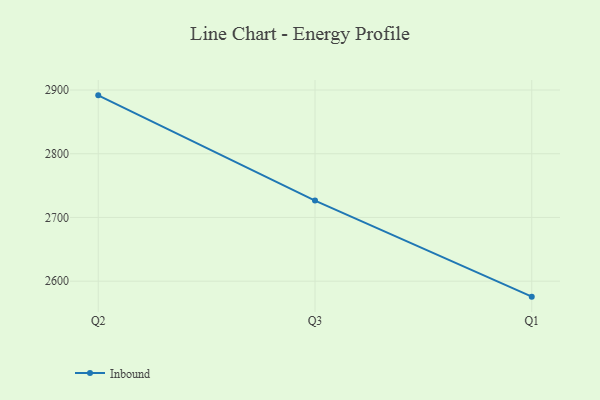
{"axis": {"x": "Quarter", "y": "Temperature (°C)"}, "legend": ["Inbound"], "data": [{"x": "Q2", "y": 2891.6, "type": "Inbound"}, {"x": "Q3", "y": 2726.4, "type": "Inbound"}, {"x": "Q1", "y": 2575.7, "type": "Inbound"}]}